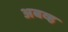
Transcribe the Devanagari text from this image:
अबव्ह